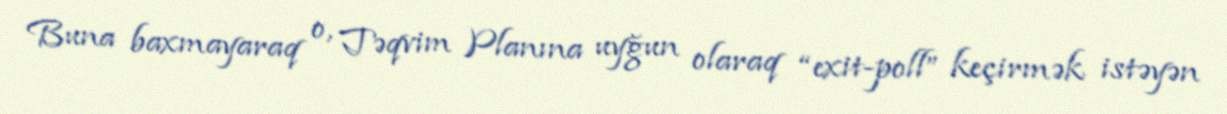
Buna baxmayaraq o, Təqvim Planına uyğun olaraq “exit-poll” keçirmək istəyən